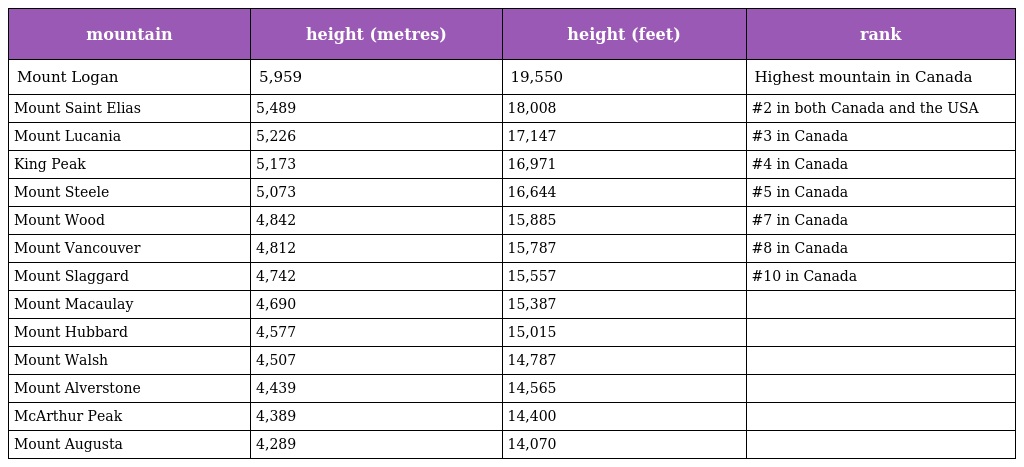
| mountain | height (metres) | height (feet) | rank |
 | --- | --- | --- | --- |
 | Mount Logan | 5,959 | 19,550 | Highest mountain in Canada |
 | Mount Saint Elias | 5,489 | 18,008 | #2 in both Canada and the USA |
 | Mount Lucania | 5,226 | 17,147 | #3 in Canada |
 | King Peak | 5,173 | 16,971 | #4 in Canada |
 | Mount Steele | 5,073 | 16,644 | #5 in Canada |
 | Mount Wood | 4,842 | 15,885 | #7 in Canada |
 | Mount Vancouver | 4,812 | 15,787 | #8 in Canada |
 | Mount Slaggard | 4,742 | 15,557 | #10 in Canada |
 | Mount Macaulay | 4,690 | 15,387 |  |
 | Mount Hubbard | 4,577 | 15,015 |  |
 | Mount Walsh | 4,507 | 14,787 |  |
 | Mount Alverstone | 4,439 | 14,565 |  |
 | McArthur Peak | 4,389 | 14,400 |  |
 | Mount Augusta | 4,289 | 14,070 |  |